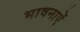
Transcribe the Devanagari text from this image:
भावनाऐं